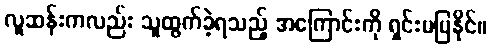
လူဆန်းကလည်း သူထွက်ခဲ့ရသည့် အကြောင်းကို ရှင်းမပြနိုင်။